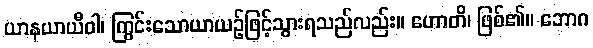
ယာနယာယီဝါ၊ ကြွင်းသောယာယဉ်ဖြင့်သွားရသည်လည်း။ ဟောတိ၊ ဖြစ်၏။ ဘောဂ